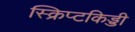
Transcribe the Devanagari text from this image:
स्क्रिप्टकिड्डी